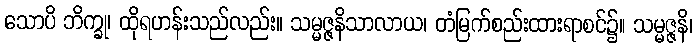
သောပိ ဘိက္ခု၊ ထိုရဟန်းသည်လည်း။ သမ္မဇ္ဇနိသာလာယ၊ တံမြက်စည်းထားရာစင်၌။ သမ္မဇ္ဇနိ၊